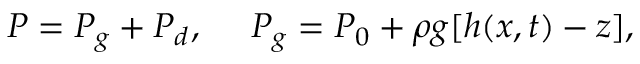
P = P _ { g } + P _ { d } , ~ ~ ~ ~ P _ { g } = P _ { 0 } + \rho g [ h ( x , t ) - z ] ,